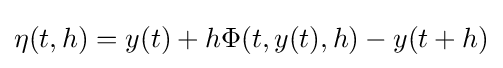
\eta (t,h)=y(t)+h\Phi (t,y(t),h)-y(t+h)